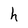
Character: h